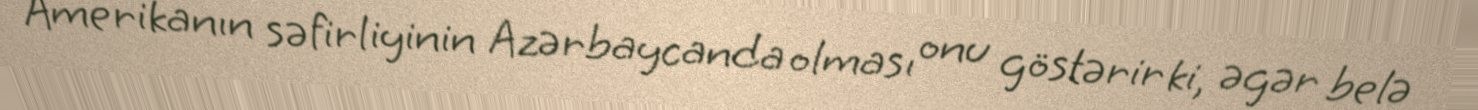
Amerikanın səfirliyinin Azərbaycanda olması onu göstərir ki, əgər belə